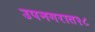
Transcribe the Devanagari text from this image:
उपनगरात१८